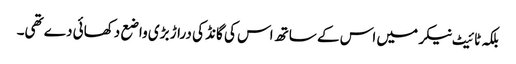
بلکہ ٹائیٹ نیکر میں اس کے ساتھ اس کی گانڈ کی دراڑ بڑی واضع دکھائی دے تھی۔